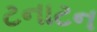
ટનાટન